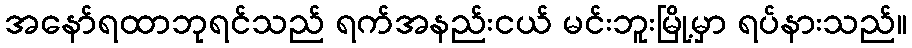
အနော်ရထာဘုရင်သည် ရက်အနည်းငယ် မင်းဘူးမြို့မှာ ရပ်နားသည်။